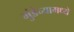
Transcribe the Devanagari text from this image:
मुंडेच्यामध्ये